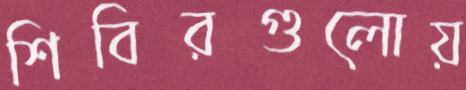
শিবিরগুলোয়